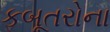
કબૂતરોના